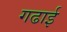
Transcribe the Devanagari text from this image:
गढाई